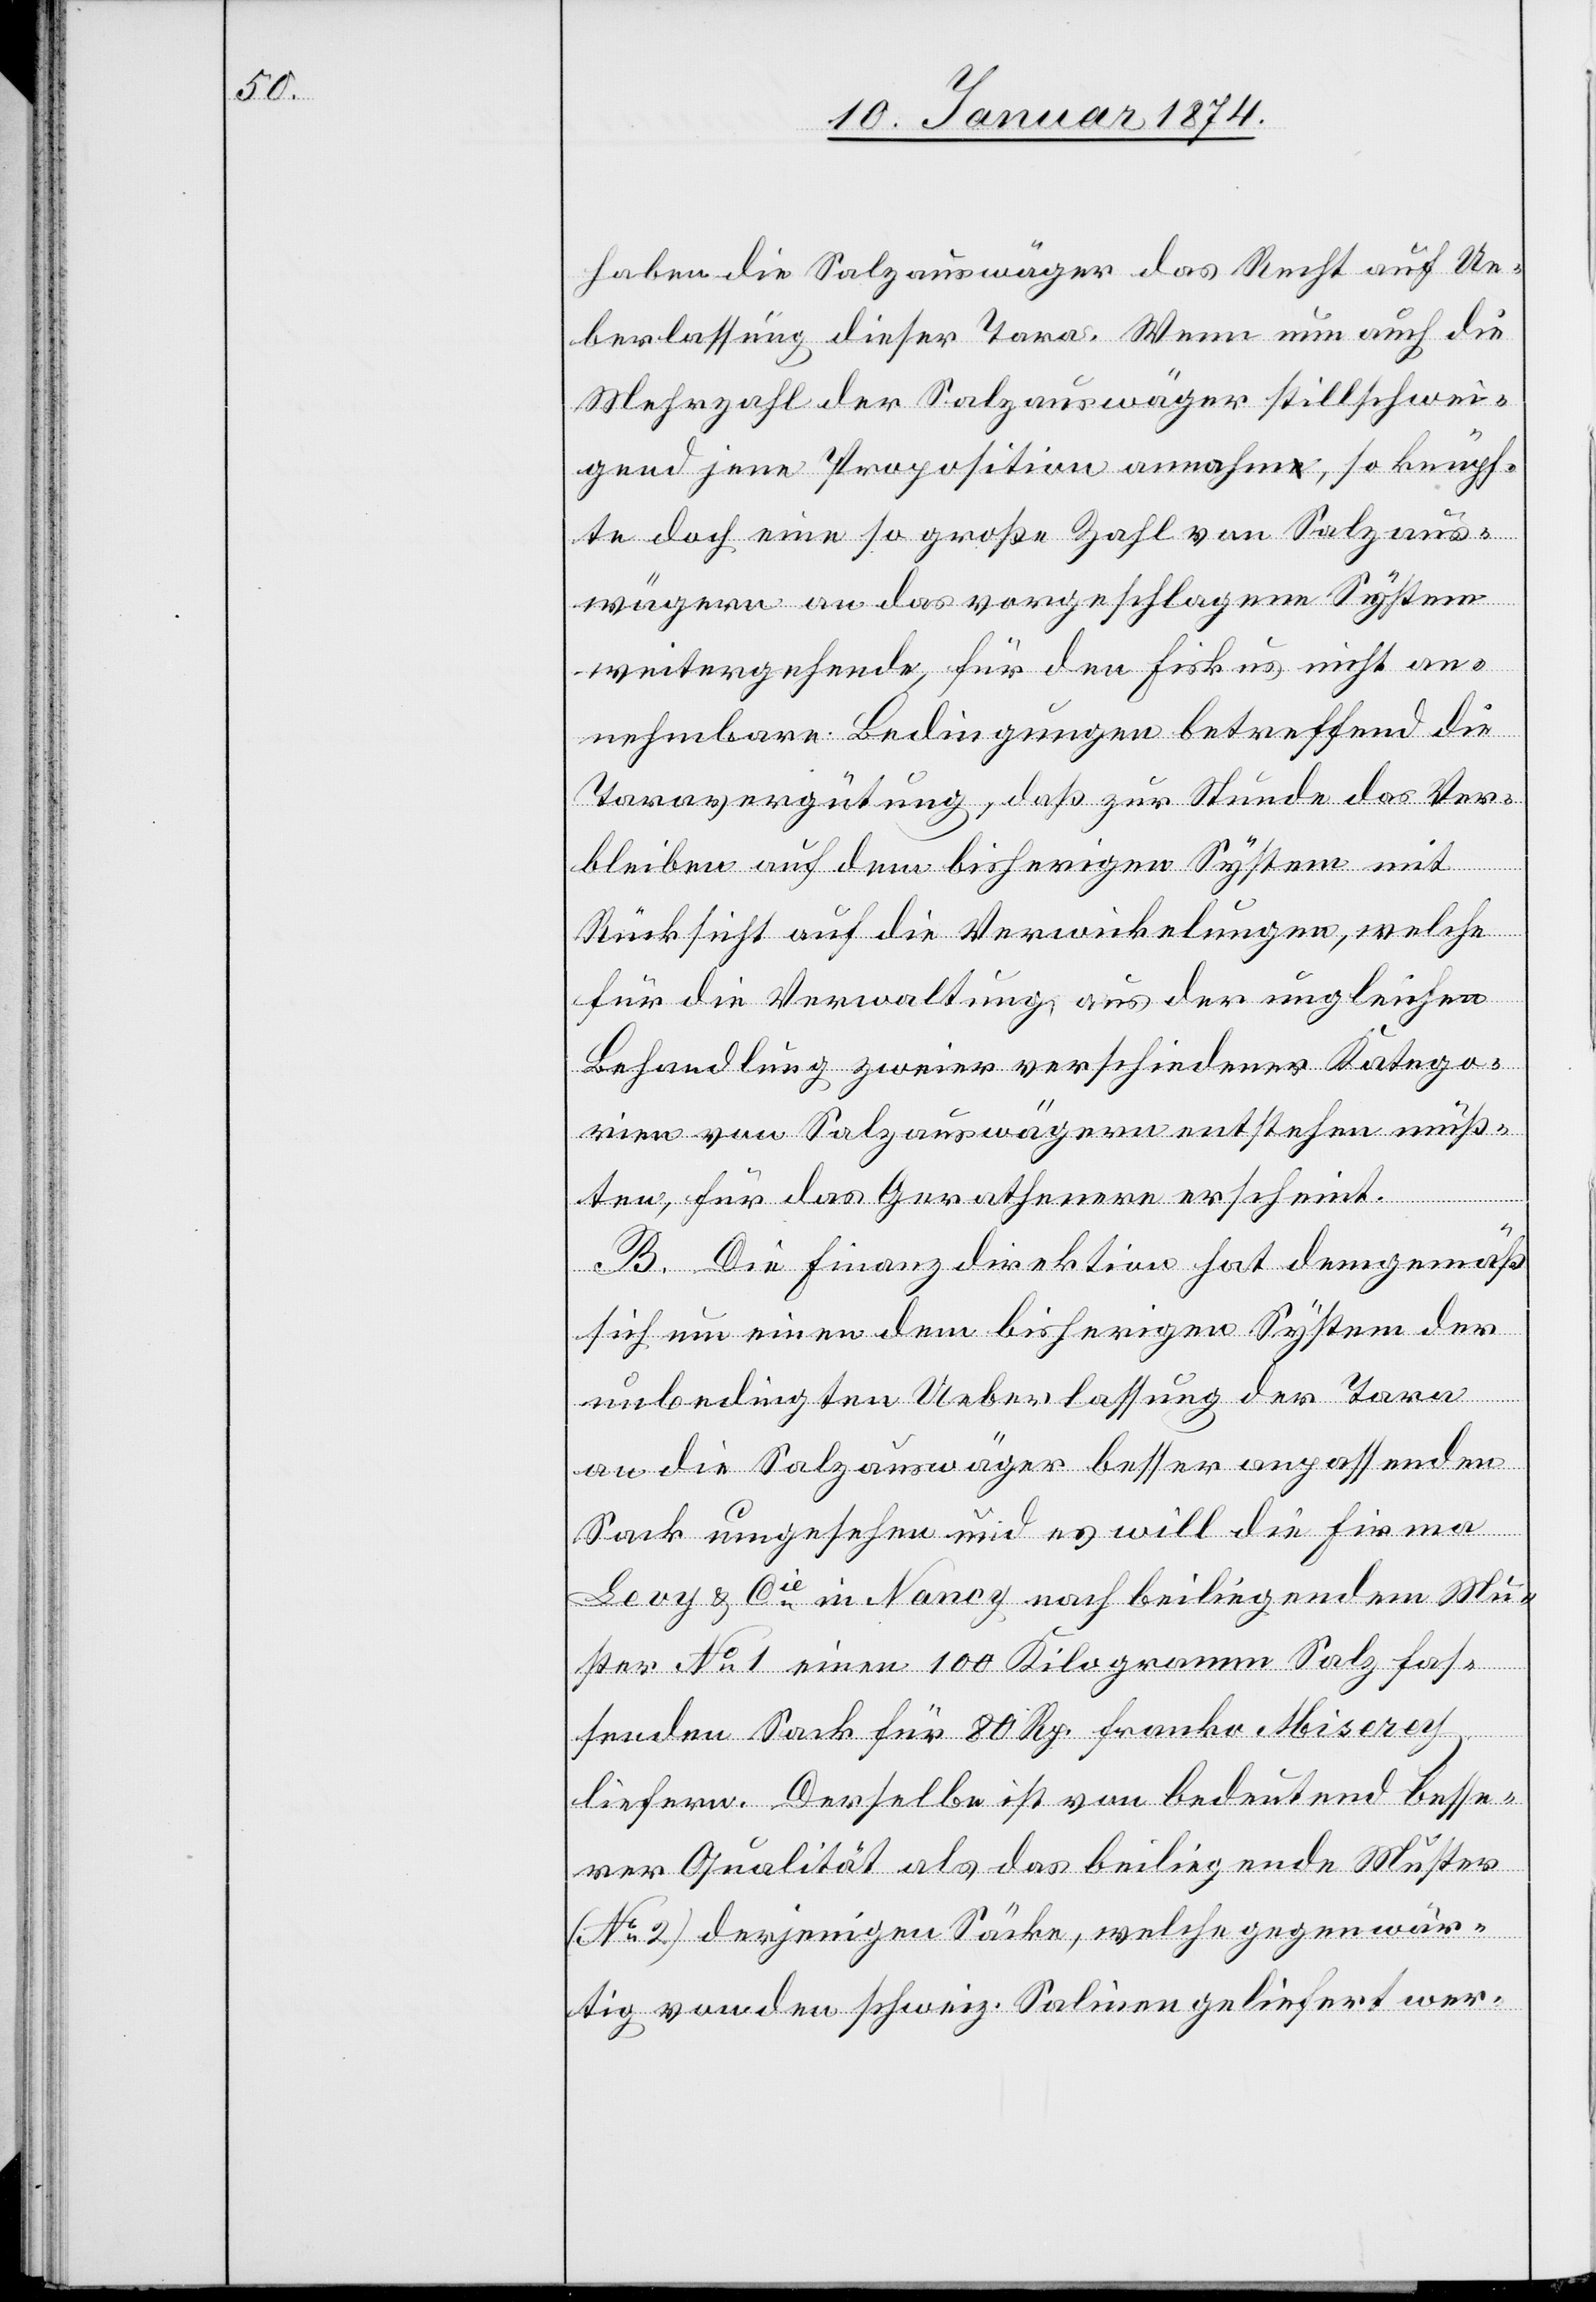
haben die Salzauswäger das Recht auf Ue¬
berlassung dieser Taxe. Wenn nun auch die
Mehrzahl der Salzauswäger stillschwei¬
gend jene Proposition annahm, so knüpf¬
te doch eine so große Zahl von Salzaus¬
wägern an das vorgeschlagene System
weitergehende, für den Fiskus nicht an¬
nehmbare Bedingungen betreffend die
Taravergütung, daß zur Stunde das Ver¬
bleiben auf dem bisherigen System mit
Rücksicht auf die Verwickelungen, welche
für die Verwaltung aus der ungleichen
Behandlung zweier verschiedener Katego¬
rien von Salzauswägern entstehen müß¬
ten, für das Gerathenere erscheint.
B. Die Finanzdirektion hat demgemäß
sich um einen dem bisherigen System der
unbedingten Ueberlassung der Tara
an die Salzauswäger besser anpassenden
Sack umgesehen und es will die Firma
Levy & Cie in Nancy nach beiliegenden Mu¬
ster No 1 einen 100 Kilogramm Salz fas¬
senden Sack für 80 Kg. franko Miserey
liefern. Derselbe ist von bedeutend besse¬
rer Qualität als das beiliegende Muster
(No 2) derjenigen Säcke, welche gegenwär¬
tig von den schweiz. Salinen geliefert wer-